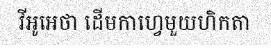
វីអូអេថា ដើមកាហ្វេមួយហិកតា